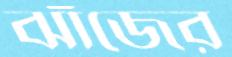
ঝাঁজের